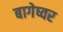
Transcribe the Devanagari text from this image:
बागेष्वर